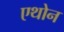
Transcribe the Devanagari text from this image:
एथोन